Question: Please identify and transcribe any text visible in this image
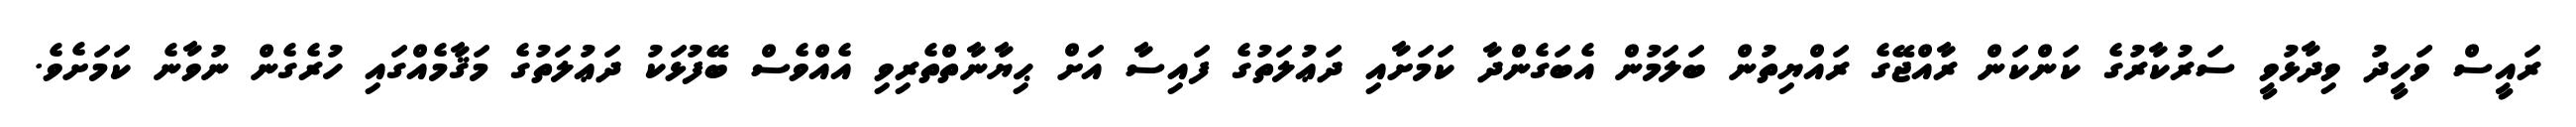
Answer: ރައީސް ވަހީދު ވިދާޅުވީ ސަރުކާރުގެ ކަންކަން ރާއްޖޭގެ ރައްޔިތުން ބަލަމުން އެބަގެންދާ ކަމަށާއި ދަޢުލަތުގެ ފައިސާ އަށް ޙިޔާނާތްތެރިވި އެއްވެސް ބޭފުޅަކު ދަޢުލަތުގެ މަޤާމެއްގައި ހުރެގެން ނުވާނެ ކަމަށެވެ.